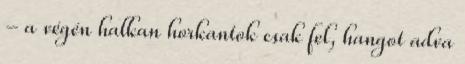
- a végén halkan horkantok csak fel, hangot adva